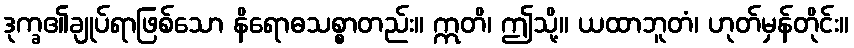
ဒုက္ခ၏ချုပ်ရာဖြစ်သော နိရောဓသစ္စာတည်း။ ဣတိ၊ ဤသို့။ ယထာဘူတံ၊ ဟုတ်မှန်တိုင်း။